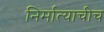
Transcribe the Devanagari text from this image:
निर्मात्याचीच